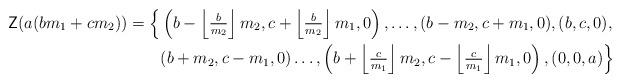
LaTeX: \begin{align*} \mathsf Z(a(bm_1+cm_2))=\Big\{ & \left(b-\left\lfloor\tfrac{b}{m_2}\right\rfloor m_2,c+\left\lfloor\tfrac{b}{m_2}\right\rfloor m_1,0\right),\ldots,(b-m_2,c+m_1,0),(b,c,0), \\ & (b+m_2,c-m_1,0)\ldots, \left(b+\left\lfloor\tfrac{c}{m_1}\right\rfloor m_2,c-\left\lfloor\tfrac{c}{m_1}\right\rfloor m_1,0\right),(0,0,a)\Big\}\end{align*}